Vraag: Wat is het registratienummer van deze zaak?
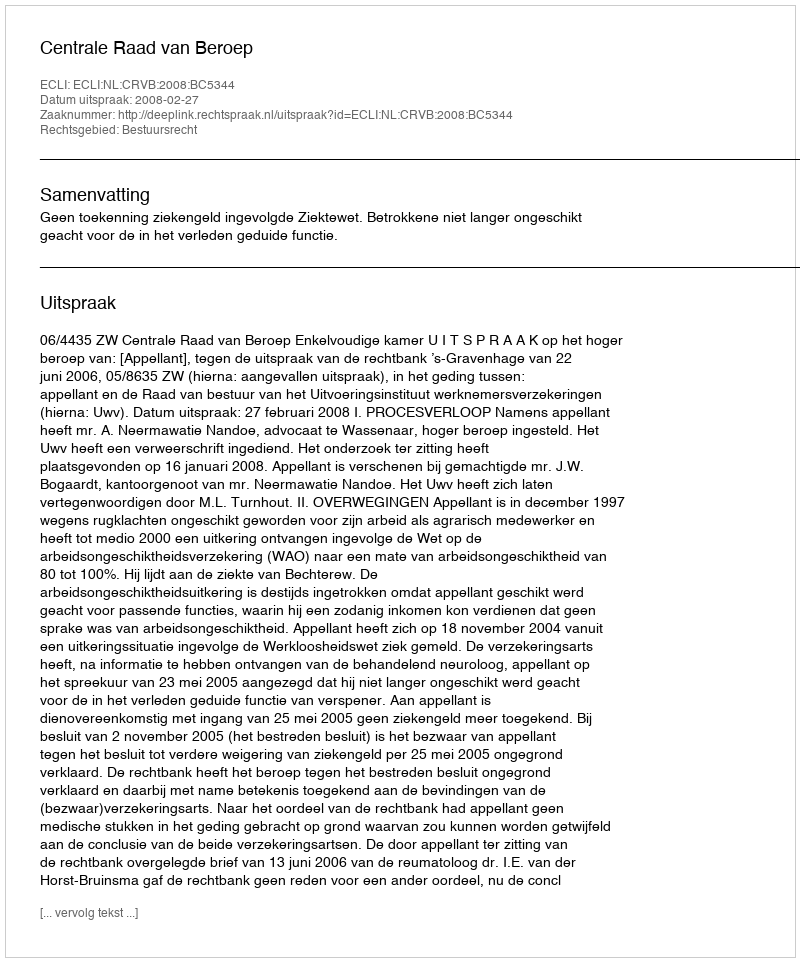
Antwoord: http://deeplink.rechtspraak.nl/uitspraak?id=ECLI:NL:CRVB:2008:BC5344